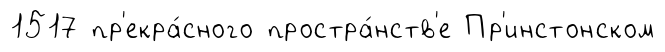
1517 пр'екра́сного простра́нств'е Пр'инстонском